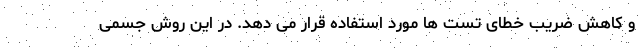
و کاهش ضریب خطای تست ها مورد استفاده قرار می دهد. در این روش جسمی